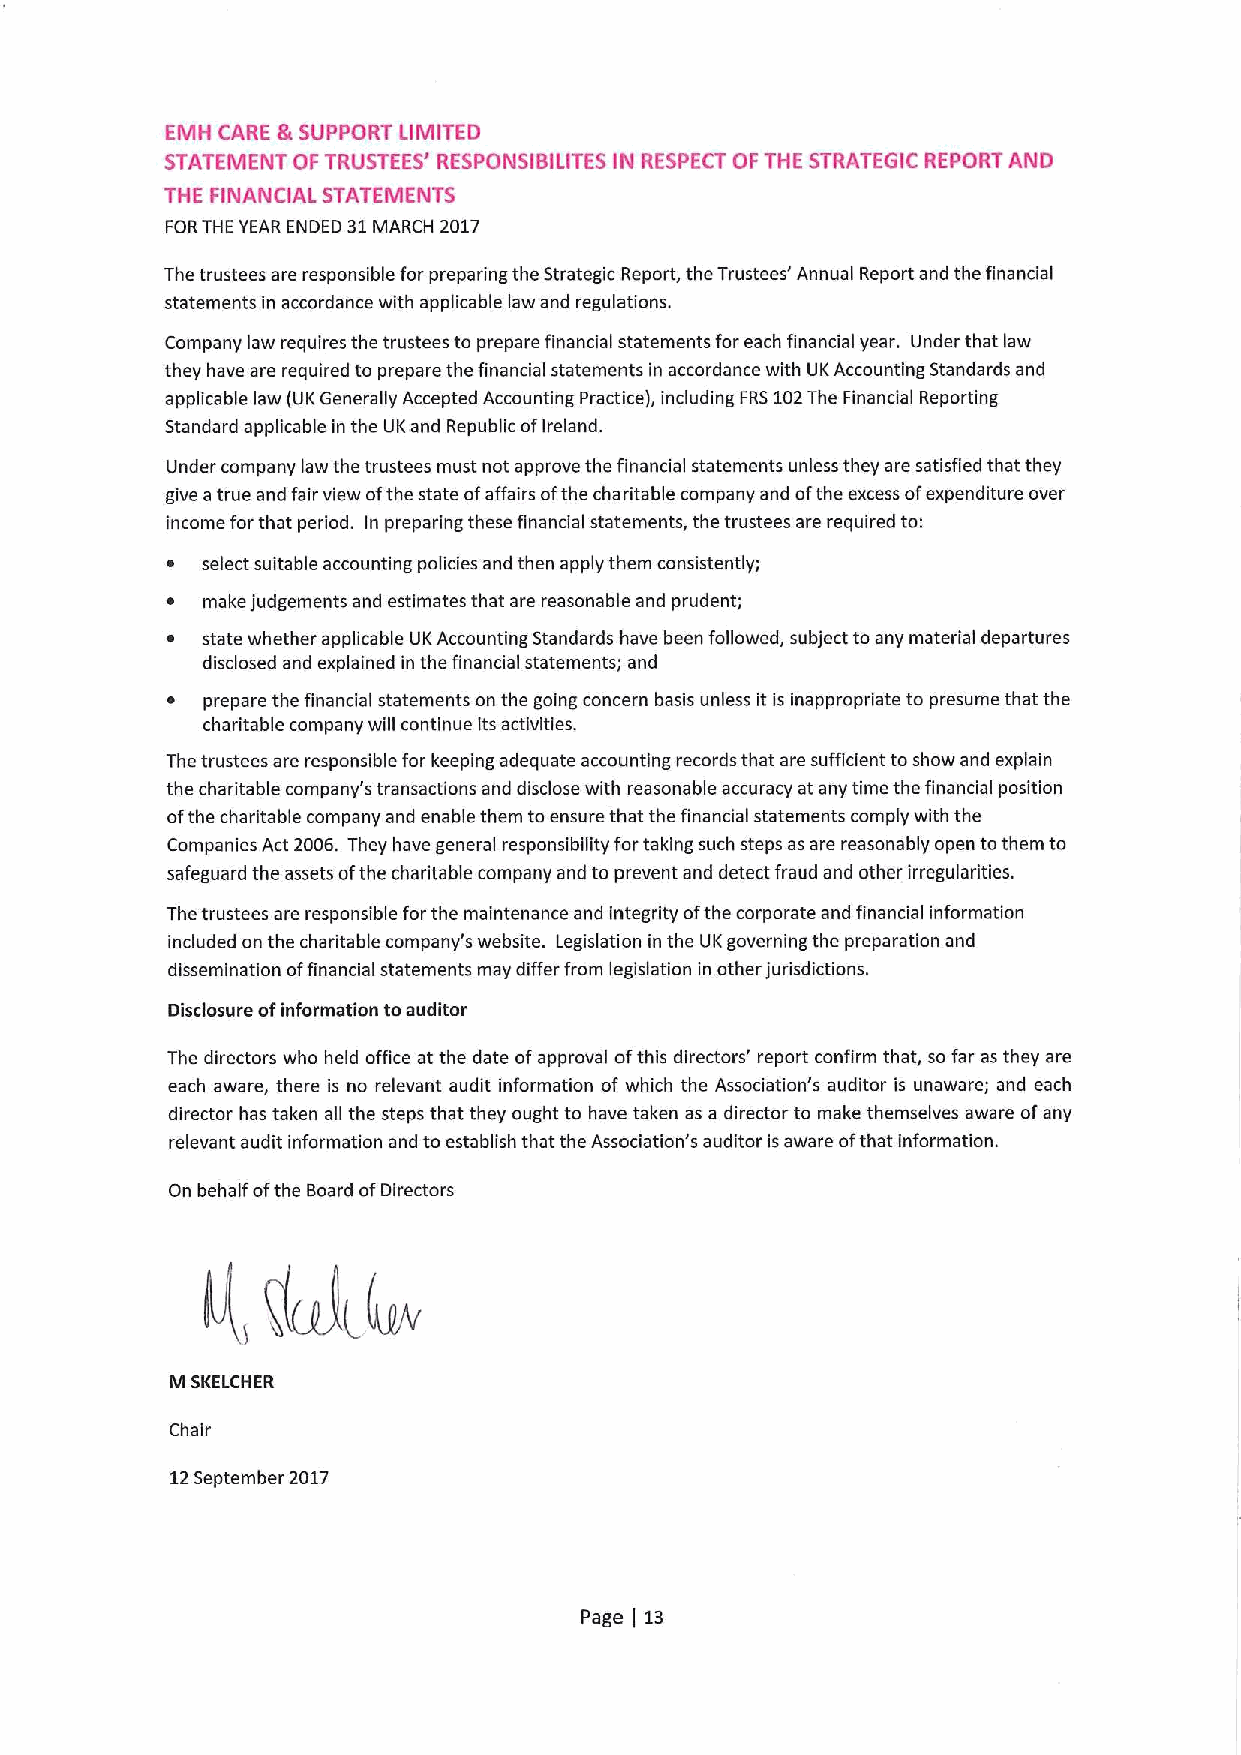
EMH CARE &SUPPORT LIMITED
 STATEMENT OFTRUSTEES' RESPONSIBILITES IN RESPECT OFTHE STRATEGIC REPORT AND
 THE FINANCIAI. STATEMENTS
 FORTHE YEAR ENDED 31MARCH 2017
 The trustees are responsible for preparing the Strategic Report, the Trustees' Annual Report and the financial
 statements in accordance with applicable law and regulations.
 Company law requires the trustees to prepare financial statements for each financial year. Under that law
 they have are required to prepare the financial statements in accordance with UKAccounting Standards and
 applicable law (UKGenerally Accepted Accounting Practice), including FRS102The Financial Reporting
 Standard applicable in the UK and Republic ofIreland.
 Under company law the trustees must not approve the financial statements unless they are satisfied that they
 give atrue and fair view ofthe state ofaffairs ofthe charitable company and ofthe excess ofexpenditure over
 income forthat period. In preparing these financial statements, the trustees are required to:
 ~ select suitable accounting policies and then apply them consistently;
 ~ make judgements and estimates that are reasonable and prudent;
 ~ state whether applicable UKAccounting Standards have been followed, subject to any material departures
 disclosed and explained in the financial statements; and
 ~ prepare the financial statements on the going concern basis unless it is inappropriate to presume that the
 charitable company will continue its activities.
 The trustees are responsible for keeping adequate accounting records that are sufficient toshow and explain
 the charitable company's transactions and disclose with reasonable accuracy at any time the financial position
 ofthe charitable company and enable them toensure that the financial statements comply with the
 Companies Act 2006. They have general responsibility fortaking such steps as are reasonably open tothem to
 safeguard the assets ofthe charitable company and to prevent and detect fraud and other irregularities.
 The trustees are responsible forthe maintenance and integrity ofthe corporate and financial information
 included on the charitable company's website. Legislation in the UKgoverning the preparation and
 dissemination offinancial statements may differ from legislation in other jurisdictions.
 Disclosure ofinformation toauditor
 The directors who held office at the date ofapproval ofthis directors' report confirm that, so far as they are
 each aware, there is no relevant audit information of which the Association's auditor is unaware; and each
 director has taken all the steps that they ought to have taken as a director to make themselves aware ofany
 relevant audit information and to establish that the Association's auditor isaware ofthat information.
 On behalf ofthe Board ofDirectors
 M SKELCHER
 Chair
 12September 2017
 Page 13
 j